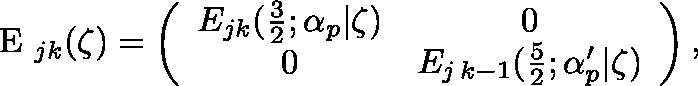
{ \mathrm { \boldmath ~ E ~ } } _ { j k } ( \zeta ) = \left( \begin{array} { c c } { { E _ { j k } ( \frac { 3 } { 2 } ; \alpha _ { p } | \zeta ) } } & { { 0 } } \\ { { 0 } } & { { E _ { j \, k - 1 } ( \frac { 5 } { 2 } ; \alpha _ { p } ^ { \prime } | \zeta ) } } \end{array} \right) ,